Civil Veterinary Department. Central Provinces & Berar 1925-31 - 1925-1931
Year: 1925
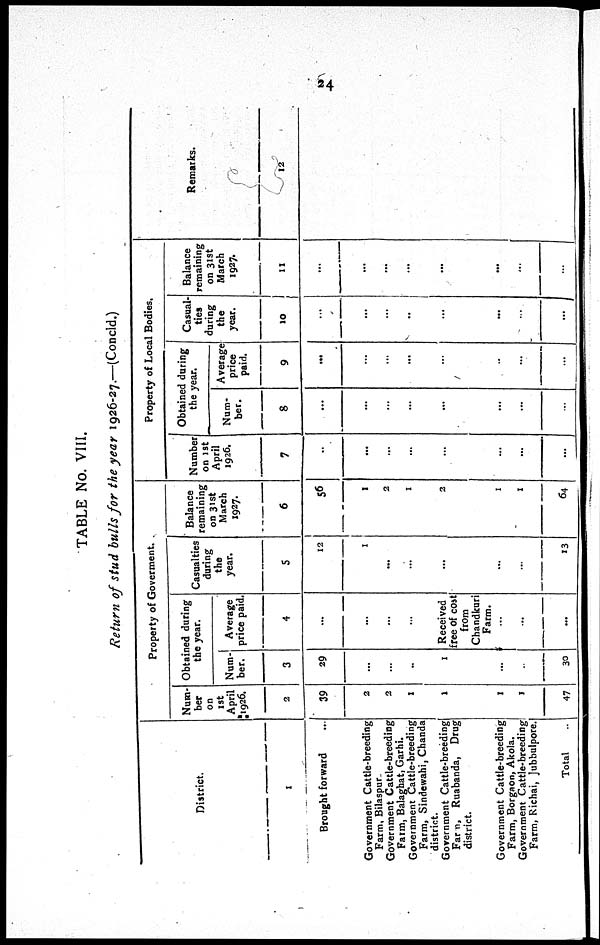
24
TABLE No. VIII.
Return of stud bulls for the year 1926-27.—(Concld.)
District.
1
Brought forward ...
Government Cattle-breeding
Farm, Bilaspur
Government Cattle-breeding
Farm, Balaghat, Garhi.
Government Cattle-breeding
Farm, Sindewahi, Chanda
district.
Government Cattle-breeding
Farm, Ruabanda, Drug
Government Cattle-breeding
Farm, Borgaon, Akola.
Government Cattle-breeding
Farm, Richai, Jubbulpore.
Total
Property of Goverment.
Num-
ber
on
1st
April
2
39
2
2
1
1
1
1
47
Obtained during
the year.
Num-
ber.
3
29
...
...
..
1
...
...
30
Average
price paid.
4
...
...
...
...
Received
free of cost
from
Chandkuri
Farm.
...
...
...
Casualties
during
the
year.
5
12
1
...
...
...
...
...
13
Balance
remaining
on 31st
March
1927.
6
56
1
2
1
2
1
1
64
Property of Local Bodies.
Number
on 1st
April
1926.
7
...
...
...
...
...
...
....
...
Obtained during
the year.
Num-
ber.
8
...
...
...
...
...
...
...
...
Average
price
paid.
9
...
...
...
...
...
...
...
...
Casual-
ties
during
the
year.
10
...
...
...
..
...
...
...
...
Balance
remaining
on 31st
March
1927.
11
...
...
...
...
...
...
...
...
Remarks.
12